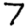
Digit: 7